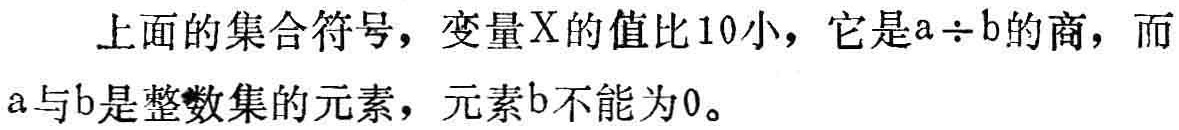
上面的集合符号，变量\(X\)的值比\(10\)小，它是\(a\div b\)的商，而\(a\)与\(b\)是整数集的元素，元素\(b\)不能为\(0\)。